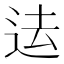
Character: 迲